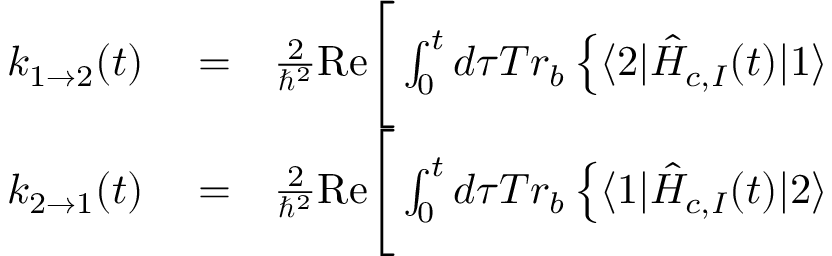
\begin{array} { r l r } { k _ { 1 \rightarrow 2 } ( t ) } & { { } = } & { \frac { 2 } { \hbar ^ { 2 } } \mathrm { R e } \Bigg [ \int _ { 0 } ^ { t } d \tau T r _ { b } \left\{ \langle 2 | \hat { H } _ { c , I } ( t ) | 1 \rangle \right. } \\ { k _ { 2 \rightarrow 1 } ( t ) } & { { } = } & { \frac { 2 } { \hbar ^ { 2 } } \mathrm { R e } \Bigg [ \int _ { 0 } ^ { t } d \tau T r _ { b } \left\{ \langle 1 | \hat { H } _ { c , I } ( t ) | 2 \rangle \right. } \end{array}